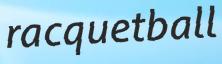
racquetball